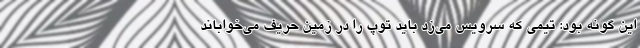
این گونه بود: تیمی که سرویس می‌زد باید توپ را در زمین حریف می‌خواباند